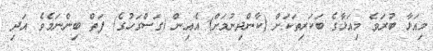
މިއަޅާ ބުރަވެ މިއަޅާގެ ބަކަރިތަކަށް (ކާންދިނުމަށް) އެއިން (ގަސްގަހުގެ) ފަތް ބިންނަމެވެ. އަދި